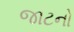
જાટનો